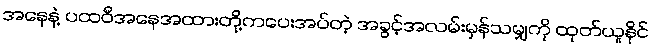
အနေနဲ့ ပထဝီအနေအထားတို့ကပေးအပ်တဲ့ အခွင့်အလမ်းမှန်သမျှကို ထုတ်ယူနိုင်